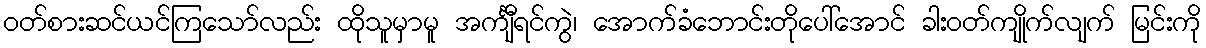
ဝတ်စားဆင်ယင်ကြသော်လည်း ထိုသူမှာမူ အင်္ကျီရင်ကွဲ၊ အောက်ခံဘောင်းတိုပေါ်အောင် ခါးဝတ်ကျိုက်လျက် မြင်းကို